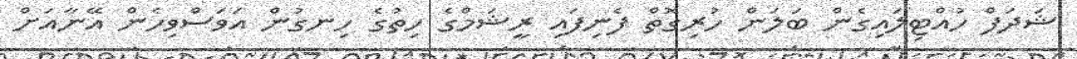
ޝަދަފް ހުއްޓިލައިގެން ބަލަން ހުރިގޮތް ފެނިފައި ރީޝަމްގެ ހިތުގެ ހިނގުން އަވަސްވިހެން އޭނާއަށް